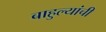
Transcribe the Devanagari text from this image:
बाहुल्यांची